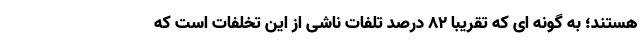
هستند؛ به گونه ای که تقریبا ۸۲ درصد تلفات ناشی از این تخلفات است که